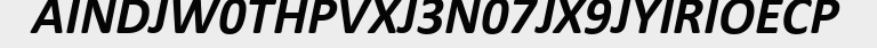
AINDJW0THPVXJ3N07JX9JYIRIOECP